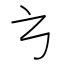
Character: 𭚥